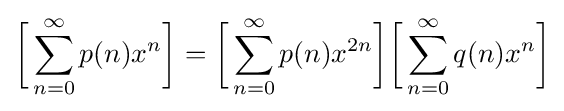
{\biggl [}\sum _{n=0}^{\infty }p(n)x^{n}{\biggr ]}={\biggl [}\sum _{n=0}^{\infty }p(n)x^{2n}{\biggr ]}{\biggl [}\sum _{n=0}^{\infty }q(n)x^{n}{\biggr ]}